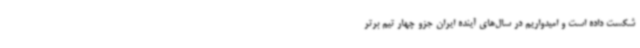
شکست داده است و امیدواریم در سال‌های آینده ایران جزو چهار تیم برتر